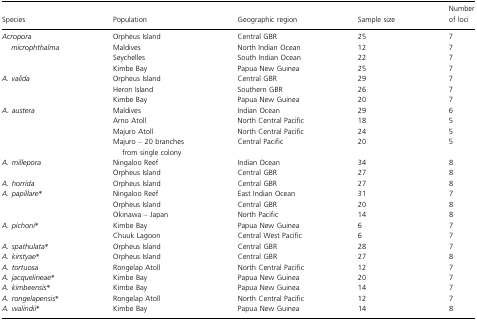
| Species | Population | Geographic region | Sample size | Number of loci |
 | --- | --- | --- | --- | --- |
 | <ROWSPAN=4> Acropora microphthalma | Orpheus Island | Central GBR | 25 | 7 |
 | Maldives | North Indian Ocean | 12 | 7 |
 | Seychelles | South Indian Ocean | 22 | 7 |
 | Kimbe Bay | Papua New Guinea | 25 | 7 |
 | <ROWSPAN=3> A. valida | Orpheus Island | Central GBR | 29 | 7 |
 | Heron Island | Southern GBR | 26 | 7 |
 | Kimbe Bay | Papua New Guinea | 20 | 7 |
 | <ROWSPAN=4> A. austera | Maldives | Indian Ocean | 29 | 6 |
 | Arno Atoll | North Central Pacific | 18 | 5 |
 | Majuro Atoll | North Central Pacific | 24 | 5 |
 | Majuro – 20 branches from single colony | Central Pacific | 20 | 5 |
 | <ROWSPAN=2> A. millepora | Ningaloo Reef | Indian Ocean | 34 | 8 |
 | Orpheus Island | Central GBR | 27 | 8 |
 | A. horrida | Orpheus Island | Central GBR | 27 | 8 |
 | <ROWSPAN=3> A. papillare* | Ningaloo Reef | East Indian Ocean | 31 | 7 |
 | Orpheus Island | Central GBR | 20 | 8 |
 | Okinawa – Japan | North Pacific | 14 | 8 |
 | <ROWSPAN=2> A. pichoni* | Kimbe Bay | Papua New Guinea | 6 | 7 |
 | Chuuk Lagoon | Central West Pacific | 6 | 7 |
 | A. spathulata* | Orpheus Island | Central GBR | 28 | 7 |
 | A. kirstyae* | Orpheus Island | Central GBR | 27 | 8 |
 | A. tortuosa | Rongelap Atoll | North Central Pacific | 12 | 7 |
 | A. jacquelineae* | Kimbe Bay | Papua New Guinea | 20 | 7 |
 | A. kimbeensis* | Kimbe Bay | Papua New Guinea | 14 | 7 |
 | A. rongelapensis* | Rongelap Atoll | North Central Pacific | 12 | 7 |
 | A. walindii* | Kimbe Bay | Papua New Guinea | 14 | 8 |